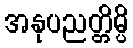
အနုပညတ္တိမ္ပိ